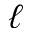
\ell